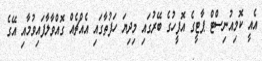
އެއީ ކޮމިއުނިސްޓް ޕާޓީގެ އޮފީހުގެ ބޭރުގައި މިދިޔަ ހަފުތާގައި އެއްޗެއް ގޮއްވާލާފައިވުމާއި އޭގެ